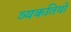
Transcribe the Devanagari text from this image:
व्यकतियों